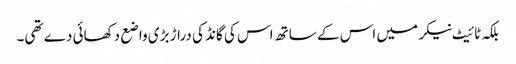
بلکہ ٹائیٹ نیکر میں اس کے ساتھ اس کی گانڈ کی دراڑ بڑی واضع دکھائی دے تھی۔